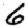
Digit: 6